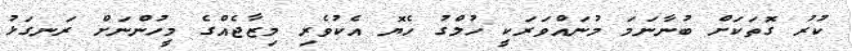
ކުރު ގޮތަކަށް ބުނާނަމަ މުނައްވަރަކީ ހުލްގު ހެޔޮ އެކުވެރި މިޒާޖެއްގެ މީހުންނަށް ރަނގަޅު